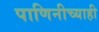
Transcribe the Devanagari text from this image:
पाणिनीच्याही